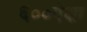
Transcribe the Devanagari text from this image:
६००पेक्षा